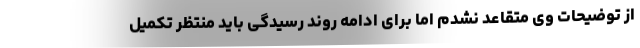
از توضیحات وی متقاعد نشدم اما برای ادامه روند رسیدگی باید منتظر تکمیل